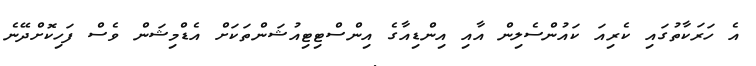
އެ ހަރަކާތުގައި ކެރިއަ ކައުންސެލިން އާއި އިންޑިއާގެ އިންސްޓިޓިއުޝަންތަކަށް އެޑްމިޝަން ވެސް ފަހިކޮށްދޭނެ